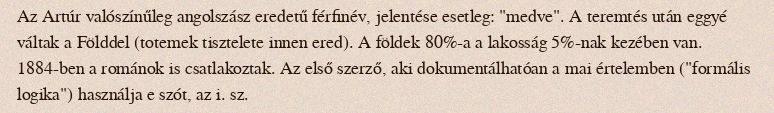
Az Artúr valószínűleg angolszász eredetű férfinév, jelentése esetleg: "medve". A teremtés után eggyé váltak a Földdel (totemek tisztelete innen ered). A földek 80%-a a lakosság 5%-nak kezében van. 1884-ben a románok is csatlakoztak. Az első szerző, aki dokumentálhatóan a mai értelemben ("formális logika") használja e szót, az i. sz.